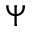
\Psi